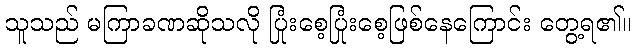
သူသည် မကြာခဏဆိုသလို ပြုံးစေ့ပြုံးစေ့ဖြစ်နေကြောင်း တွေ့ရ၏။